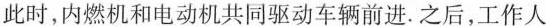
此时，内燃机和电动机共同驱动车辆前进。之后，工作人